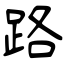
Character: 路